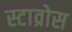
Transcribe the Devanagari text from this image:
स्टाव्रोस